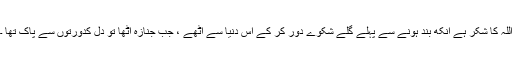
اللہ کا شکر ہے آنکھ بند ہونے سے پہلے گلے شکوے دور کر کے اس دنیا سے اٹھے ، جب جنازہ اٹھا تو دل کدورتوں سے پاک تھا ۔